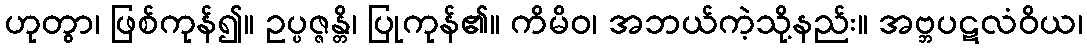
ဟုတွာ၊ ဖြစ်ကုန်၍။ ဥပ္ပဇ္ဇန္တိ၊ ပြုကုန်၏။ ကိမိဝ၊ အဘယ်ကဲ့သို့နည်း။ အဗ္ဘပဋလံဝိယ၊